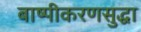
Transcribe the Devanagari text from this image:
बाष्पीकरणसुद्धा